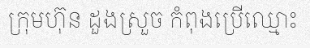
ក្រុមហ៊ុន ដួងស្រួច កំពុងប្រើឈ្មោះ